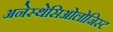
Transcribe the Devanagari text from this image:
अनेस्थेसिओलोजिस्ट